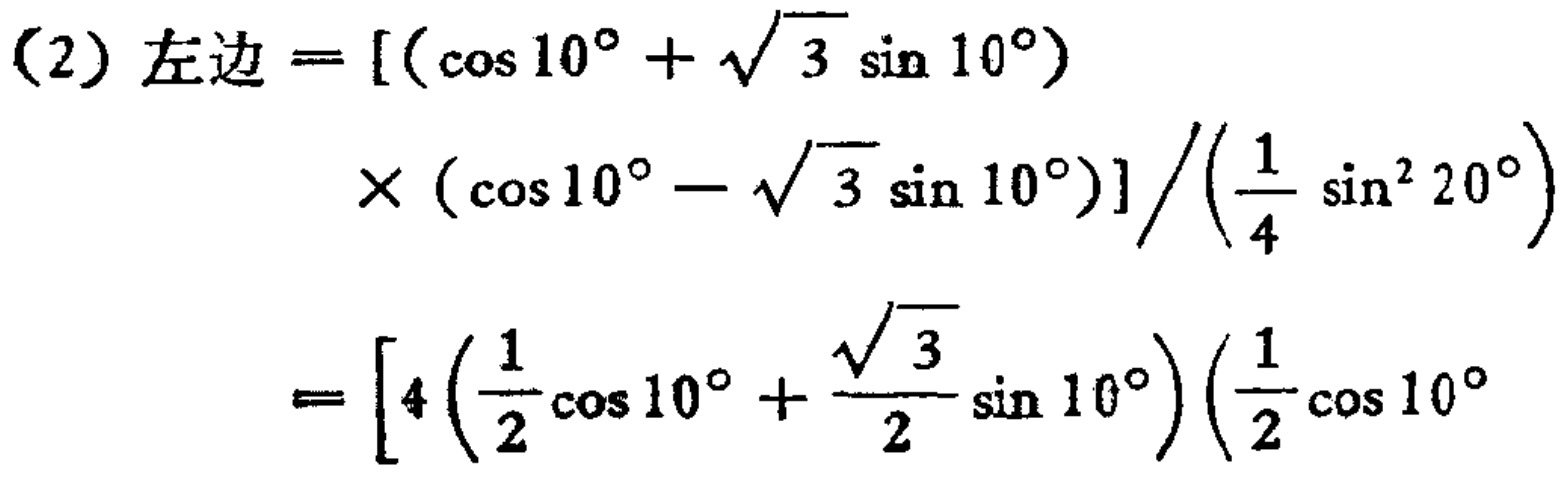
\[

\begin{align*}

(2)\text{左边}&=[(\cos10^{\circ}+\sqrt{3}\sin10^{\circ})\\

&\times(\cos10^{\circ}-\sqrt{3}\sin10^{\circ})]/(\frac{1}{4}\sin^{2}20^{\circ})\\

&=[4(\frac{1}{2}\cos10^{\circ}+\frac{\sqrt{3}}{2}\sin10^{\circ})(\frac{1}{2}\cos10^{\circ}

\end{align*}

\]